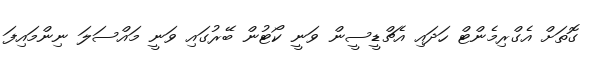
ގޮތަށް އެގްރިމެންޓް ހަދައި އެޗްޑީސީން ވަނީ ކޯޓުން ބޭރުގައި ވަނީ މައްސަލަ ނިންމައިފަ